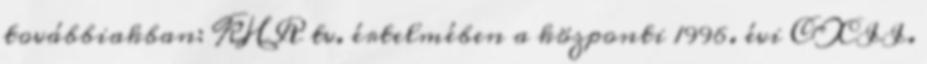
továbbiakban: KHR tv. értelmében a központi 1996. évi CXII.